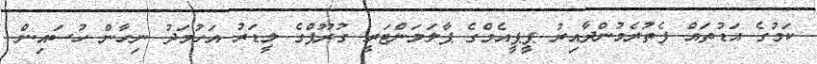
ކަމުގެ އަޑުތައް ފެތުރެމުންދާއިރު ޕީޕީއެމްގެ ޕާލަމަންޓަރީ ގުރޫޕްގެ ލީޑަރު އަހުމަދު ނިހާން ހުސައިން